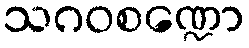
သဂဝစဏ္ဍော